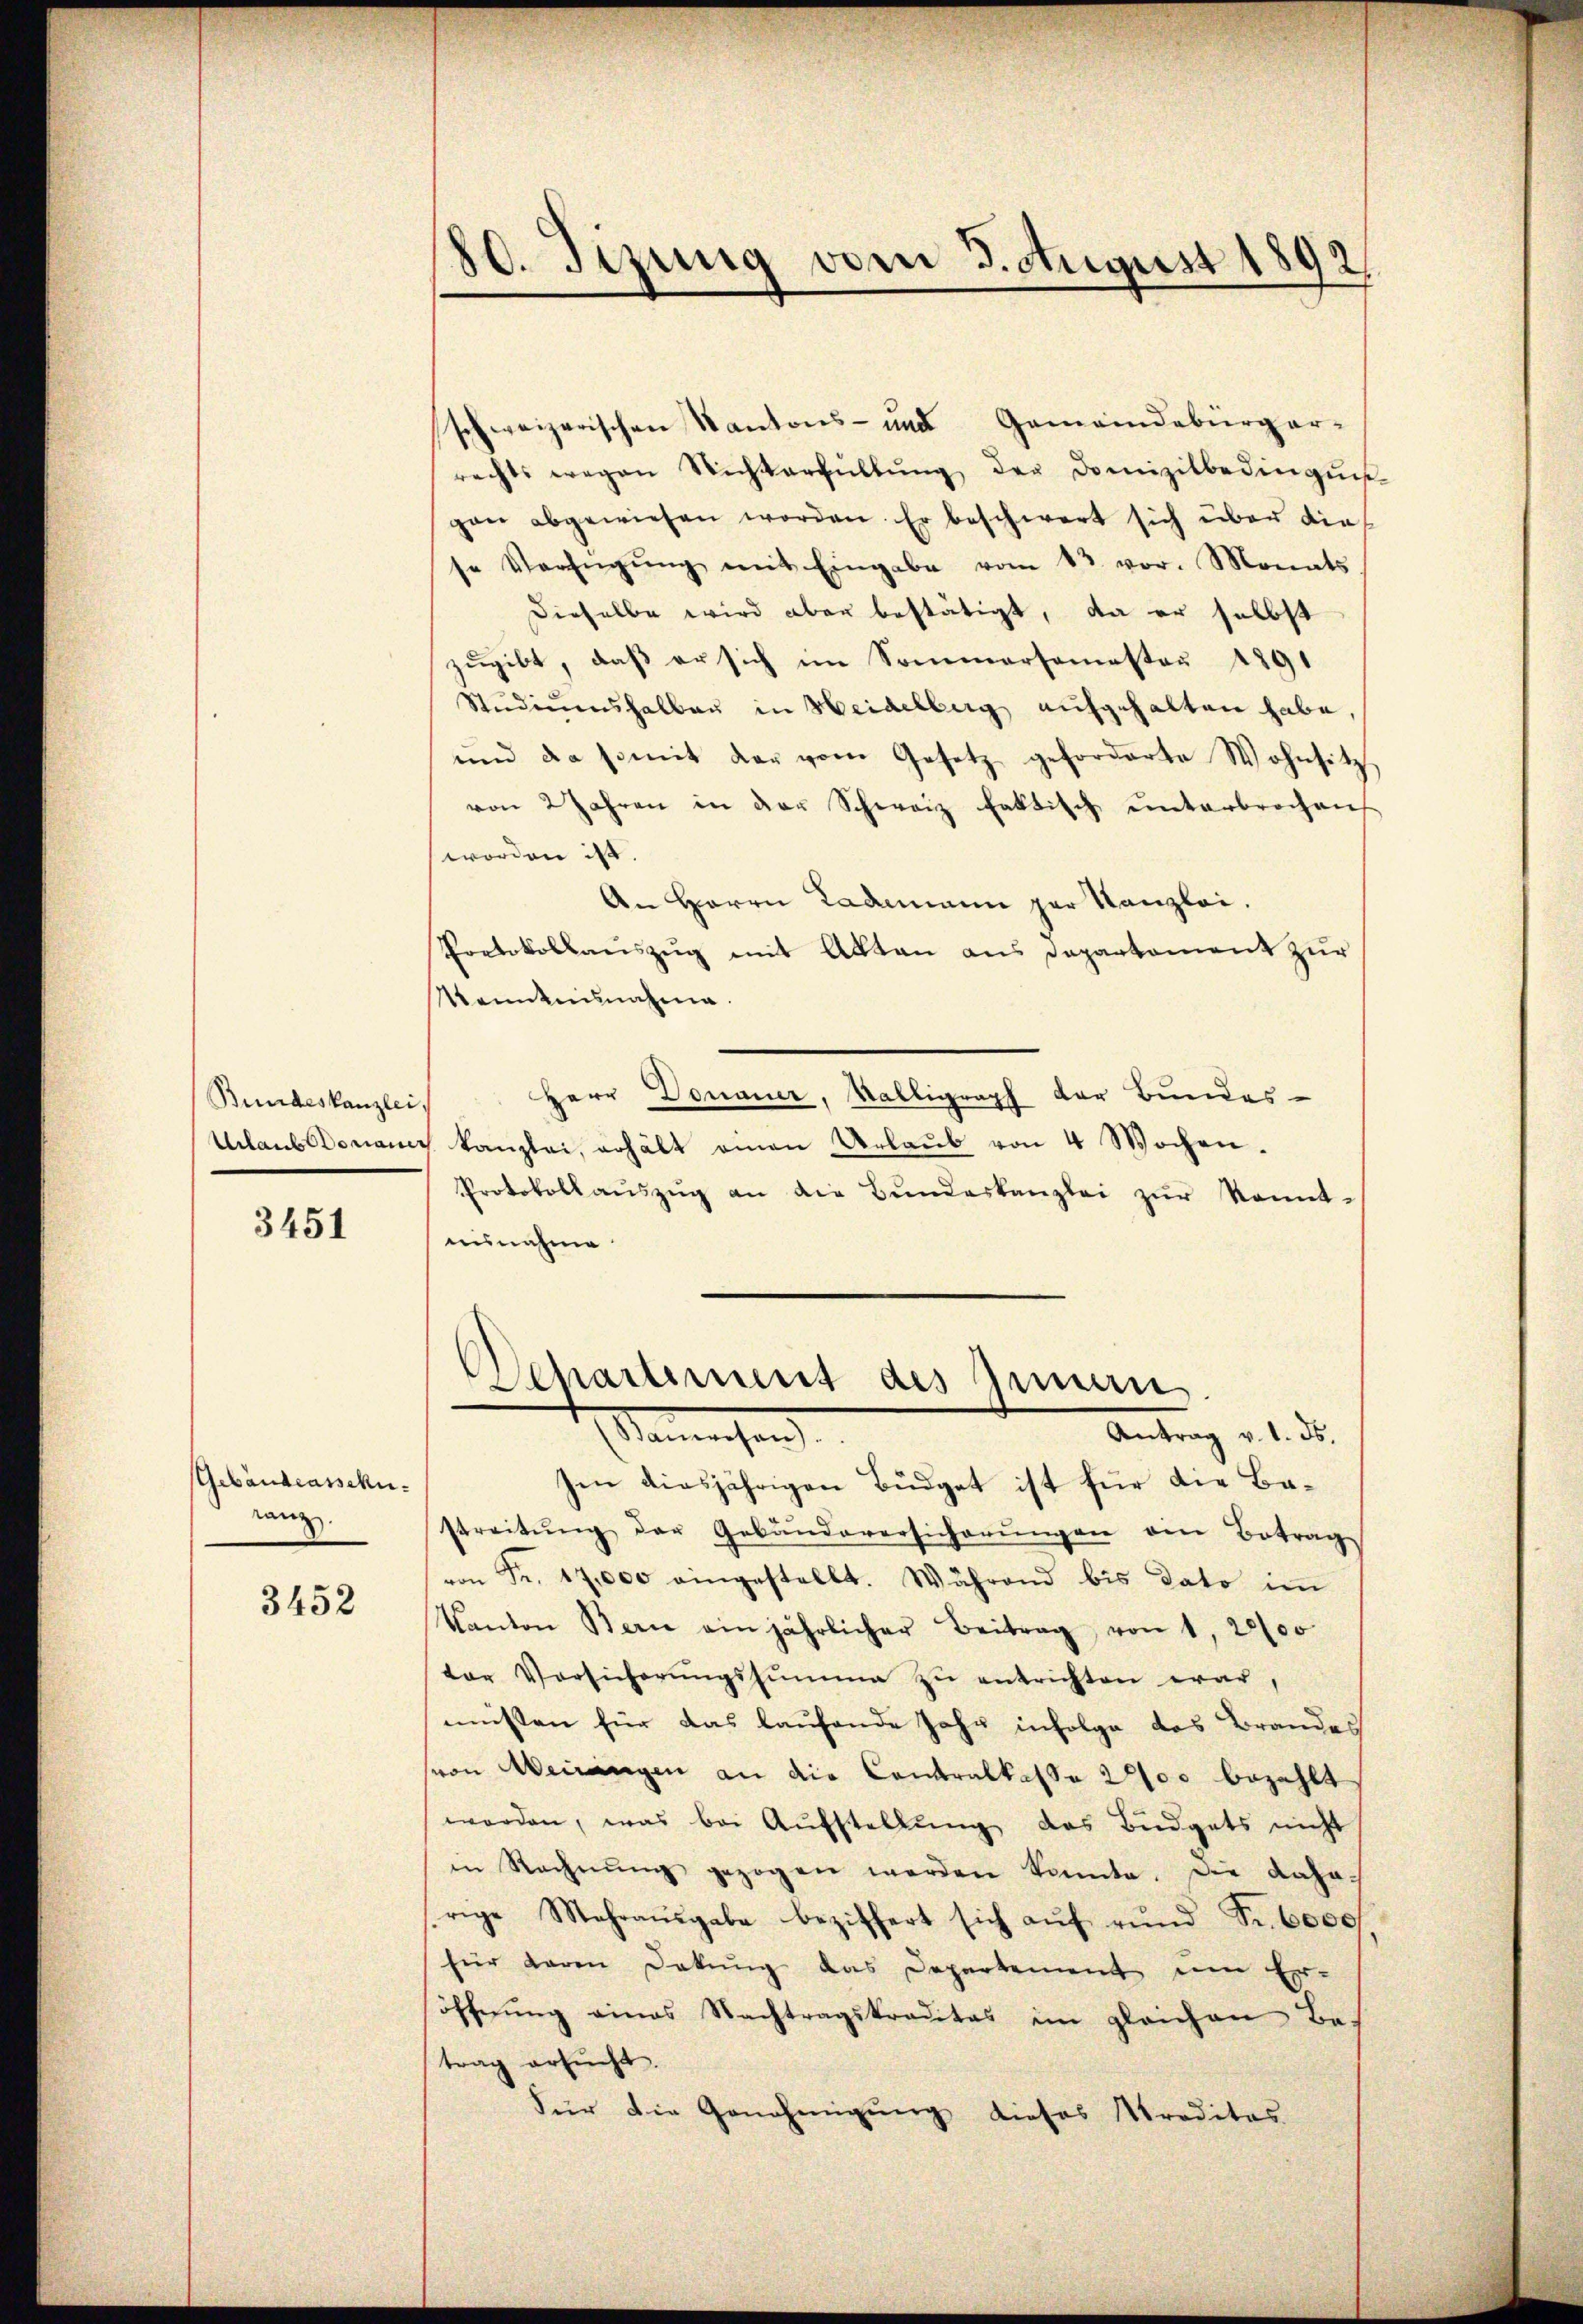
Bundeskanzlei,

3451

Gebäudeasschuranz.

3452

80. Tizung vom 3. August 1892
¬

schweizerischen Kantons- und Gemeindebürger-
rechts wegen Nichterfüllŭng der Domizilbedingŭn-
gan abgewiesen worden. Er beschwert sich über die
je Verfügŭng mit Eingabe vom 12. vor. Monats
dieselbe wird aber bestätigt, da er selbst
zugibt, daß er sich im Sommersemester 1891
Stŭdiŭmshalbau in Heidelburg aufgehalten habe
und da somit der vom Gesetz geforderte Wohnsitz
von 2 Jahren in der Schweiz faktisch ŭnterbrochen
worden ist.
An Herrn Lademann par Kanzlei.
Protokollauszug mit Akten aus Daparkoment zur
Manntnisnahme.
Herr Donauer, Valligraph der Bundes-
Urlaub Donauer kanzlei, erhält einen Urlaŭb von 4 Wochen.
Protokollaŭszŭg an die Bŭndeskanzlei zŭr Kennt-
uisnahme
Departement des Innern

Manesen
Antrag v. 1. ds.

zen diesjährigen Budget ist für die Bastreitŭng der Gebäudeversicherŭngen ein Betrag
von Fr. 17,000 eingestellt. Während bis dato im
Kanton Bern ein jährlicher Beitrag von 1, 2000
ter Versicherŭngssumme zŭ entrichten war,
müsten für das laufende Jahr infolge das Brandes
von Weiringen an die Contralkasse 200 bezahlt
worden, was bei Aŭfstellŭng des Büdgets nicht
in Rechnŭng gezogen werden konnte. Die Laharige Mehraŭsgabe beziffert sich aŭf rŭnd Fr. 6000
für daren Dekŭng das Departement um Er-
söffnŭng eines Nachtragskreditas im gleichen Be-
trag ersŭcht.
Für die Genehmigung dieses Preditas